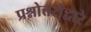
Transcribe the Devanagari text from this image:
प्रश्नोत्तरांद्वारे